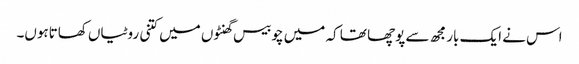
اس نے ایک بار مجھ سے پوچھا تھا کہ میں چوبیس گھنٹوں میں کتنی روٹیاں کھاتاہوں۔